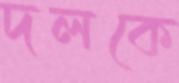
দলকে